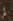
لم